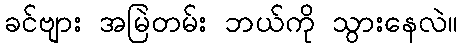
ခင်ဗျား အမြဲတမ်း ဘယ်ကို သွားနေလဲ။